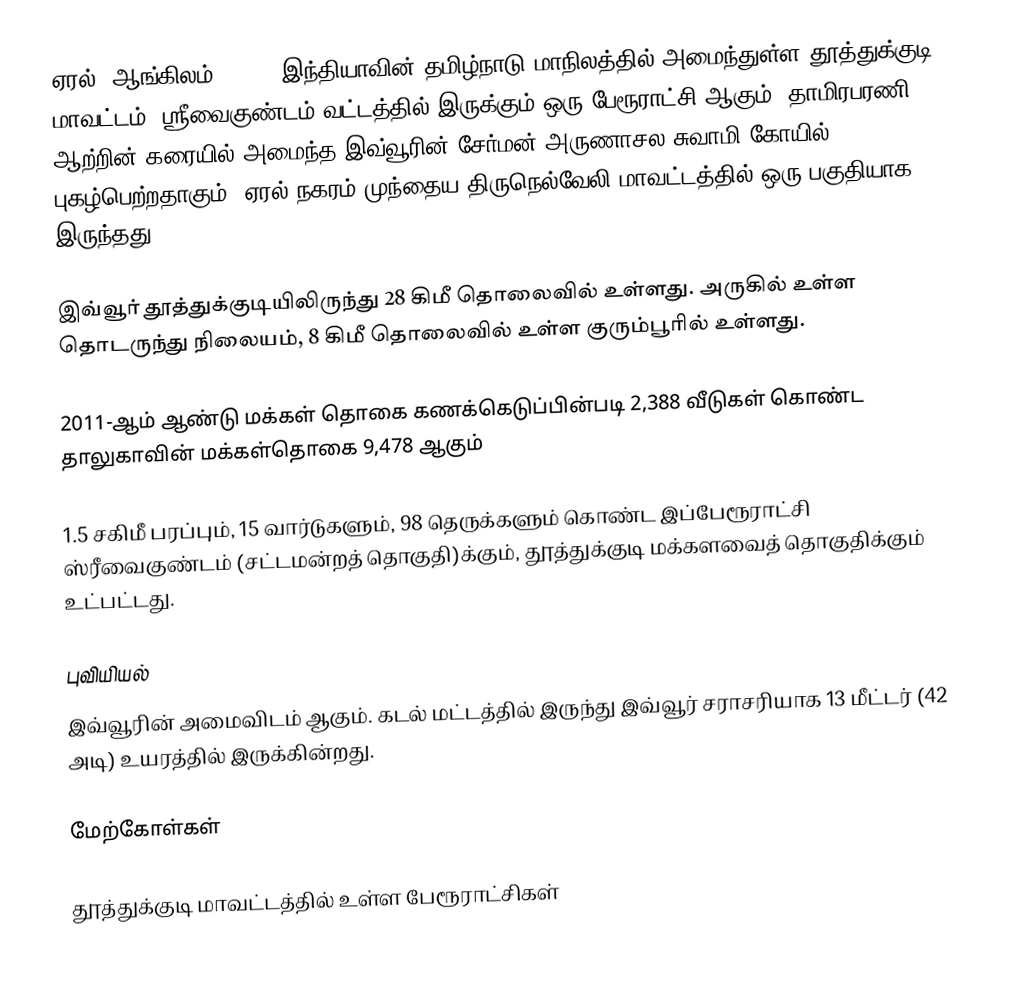
ஏரல் (ஆங்கிலம்:Eral), இந்தியாவின் தமிழ்நாடு மாநிலத்தில் அமைந்துள்ள தூத்துக்குடி மாவட்டம், ஸ்ரீவைகுண்டம் வட்டத்தில் இருக்கும் ஒரு பேரூராட்சி ஆகும்.  தாமிரபரணி ஆற்றின் கரையில் அமைந்த இவ்வூரின் சேர்மன் அருணாசல சுவாமி கோயில் புகழ்பெற்றதாகும். ஏரல் நகரம் முந்தைய திருநெல்வேலி மாவட்டத்தில் ஒரு பகுதியாக இருந்தது.

இவ்வூர் தூத்துக்குடியிலிருந்து 28 கிமீ தொலைவில் உள்ளது. அருகில் உள்ள தொடருந்து நிலையம், 8 கிமீ தொலைவில் உள்ள  குரும்பூரில் உள்ளது.

2011-ஆம் ஆண்டு மக்கள் தொகை கணக்கெடுப்பின்படி    2,388  வீடுகள் கொண்ட தாலுகாவின் மக்கள்தொகை   9,478 ஆகும்

1.5  சகிமீ பரப்பும்,  15 வார்டுகளும்,  98 தெருக்களும் கொண்ட இப்பேரூராட்சி  ஸ்ரீவைகுண்டம் (சட்டமன்றத் தொகுதி)க்கும், தூத்துக்குடி மக்களவைத் தொகுதிக்கும் உட்பட்டது.

புவியியல்
இவ்வூரின் அமைவிடம்  ஆகும். கடல் மட்டத்தில் இருந்து இவ்வூர் சராசரியாக 13 மீட்டர் (42 அடி) உயரத்தில் இருக்கின்றது.

மேற்கோள்கள்

தூத்துக்குடி மாவட்டத்தில் உள்ள பேரூராட்சிகள்